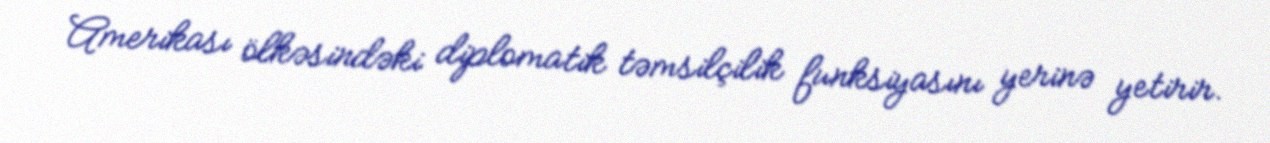
Amerikası ölkəsindəki diplomatik təmsilçilik funksiyasını yerinə yetirir.